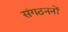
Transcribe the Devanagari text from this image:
संगठननों